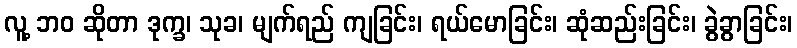
လူ့ ဘဝ ဆိုတာ ဒုက္ခ၊ သုခ၊ မျက်ရည် ကျခြင်း၊ ရယ်မောခြင်း၊ ဆုံဆည်းခြင်း၊ ခွဲခွာခြင်း၊